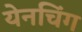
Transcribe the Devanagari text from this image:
येनचिंग